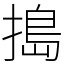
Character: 搗